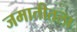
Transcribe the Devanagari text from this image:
जमातीतला